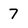
Character: 7